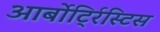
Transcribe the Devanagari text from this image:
आर्बोर्ट्रिस्टिस